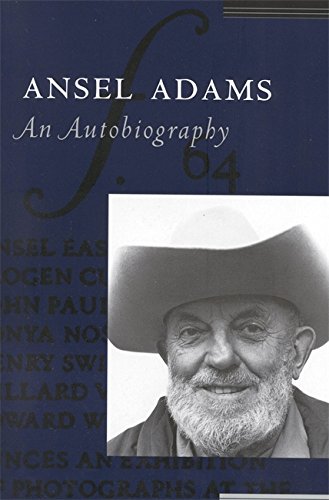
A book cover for Ansel Adams: An Autobiography; Ansel Adams; Biographies & Memoirs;